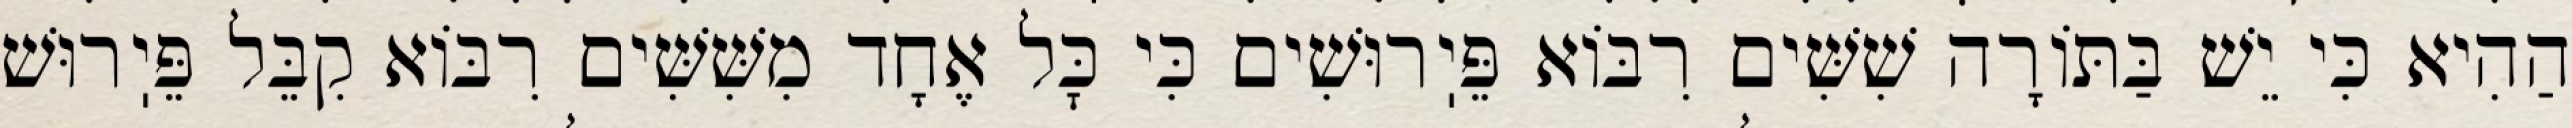
הַהִיא כִּי יֵשׁ בַּתּוֹרָה שִׁשִּׁים רִבּוֹא פֵּיֽרוּשִׁים כִּי כׇּל אֶחָד מִשִּׁשִּׁים רִבּוֹא קִבֵּל פֵּיֽרוּשׁ